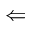
\Leftarrow